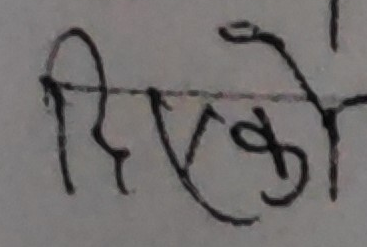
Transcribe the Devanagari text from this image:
दिएको